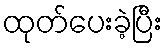
ထုတ်ပေးခဲ့ပြီး